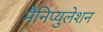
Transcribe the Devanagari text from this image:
मैनिप्युलेशन